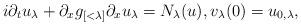
LaTeX: \begin{align*}i \partial_t u_\lambda + \partial_x g_{[<\lambda]} \partial_x u_\lambda = N_\lambda(u), v_\lambda(0) = u_{0,\lambda},\end{align*}